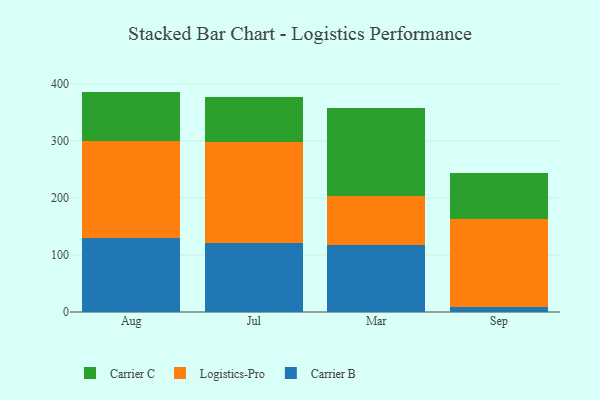
{"axis": {"x": "Month", "y": "Production Output"}, "legend": ["Carrier B", "Carrier C", "Logistics-Pro"], "data": [{"x": "Aug", "y": 130.2, "type": "Carrier B"}, {"x": "Aug", "y": 169.1, "type": "Logistics-Pro"}, {"x": "Aug", "y": 87.1, "type": "Carrier C"}, {"x": "Jul", "y": 120.6, "type": "Carrier B"}, {"x": "Jul", "y": 178.0, "type": "Logistics-Pro"}, {"x": "Jul", "y": 77.8, "type": "Carrier C"}, {"x": "Mar", "y": 117.0, "type": "Carrier B"}, {"x": "Mar", "y": 86.8, "type": "Logistics-Pro"}, {"x": "Mar", "y": 153.0, "type": "Carrier C"}, {"x": "Sep", "y": 8.5, "type": "Carrier B"}, {"x": "Sep", "y": 154.1, "type": "Logistics-Pro"}, {"x": "Sep", "y": 80.9, "type": "Carrier C"}]}